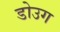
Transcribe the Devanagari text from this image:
डोउग